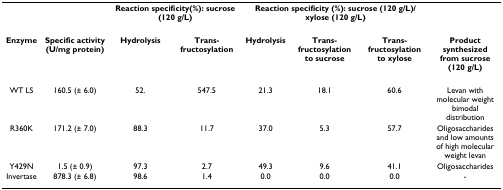
|  |  | <COLSPAN=2> Reaction specificity(%): sucrose (120 g/L) | <COLSPAN=3> Reaction specificity (%): sucrose (120 g/L)/xylose (120 g/L) |  |
 | --- | --- | --- | --- | --- | --- | --- | --- |
 | Enzyme | Specific activity(U/mg protein) | Hydrolysis | Trans-fructosylation | Hydrolysis | Trans-fructosylation to sucrose | Trans-fructosylation to xylose | Product synthesized from sucrose (120 g/L) |
 | WT LS | 160.5 (± 6.0) | 52. | 547.5 | 21.3 | 18.1 | 60.6 | Levan with molecular weight bimodal distribution |
 | R360K | 171.2 (± 7.0) | 88.3 | 11.7 | 37.0 | 5.3 | 57.7 | Oligosaccharides and low amounts of high molecular weight levan |
 | Y429N | 1.5 (± 0.9) | 97.3 | 2.7 | 49.3 | 9.6 | 41.1 | Oligosaccharides |
 | Invertase | 878.3 (± 6.8) | 98.6 | 1.4 | 0.0 | 0.0 | 0.0 | - |